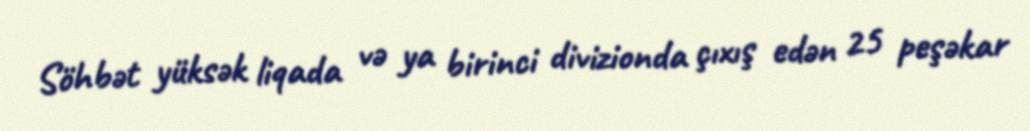
Söhbət yüksək liqada və ya birinci divizionda çıxış edən 25 peşəkar